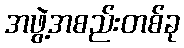
အဖွဲ့အစည်းတစ်ခု